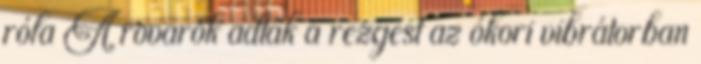
róla A rovarok adták a rezgést az ókori vibrátorban